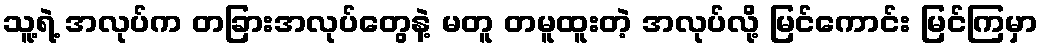
သူ့ရဲ့ အလုပ်က တခြားအလုပ်တွေနဲ့ မတူ တမူထူးတဲ့ အလုပ်လို့ မြင်ကောင်း မြင်ကြမှာ